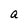
Character: a